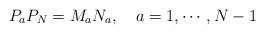
LaTeX: \begin{align*}P_a P_N = M_aN_a , \ \ \ a = 1, \cdots , N-1\end{align*}